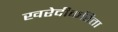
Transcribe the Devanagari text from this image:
खरेदीकरिता